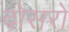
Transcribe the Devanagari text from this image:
दोसरो